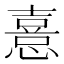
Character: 憙